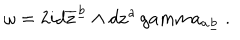
\omega = 2 i d \overline { { { \bf z } } } ^ { \underline { { b } } } \wedge d { \bf z } ^ { a } \, g a m m a _ { a \underline { { b } } } \ .